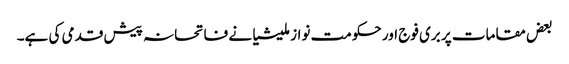
بعض مقامات پر بری فوج اور حکومت نواز ملیشیا نے فاتحانہ پیش قدمی کی ہے۔